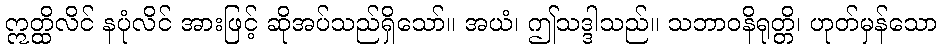
ဣတ္ထိလိင် နပုံလိင် အားဖြင့် ဆိုအပ်သည်ရှိသော်။ အယံ၊ ဤသဒ္ဒါသည်။ သဘာဝနိရုတ္တိ၊ ဟုတ်မှန်သော